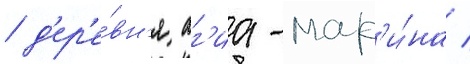
/ д'ер'е́вн'я аг'иа-мар'и́на /